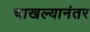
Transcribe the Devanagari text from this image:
चाखल्यानंतर